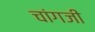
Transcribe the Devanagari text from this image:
चांगजी